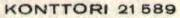
KONTTORI 21 589